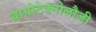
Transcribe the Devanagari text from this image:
बायोटेक्नोलौजी